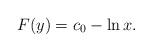
LaTeX: \begin{align*} F(y) = c_0 - \ln x.\end{align*}